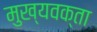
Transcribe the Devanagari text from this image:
मुख्यवक्ता